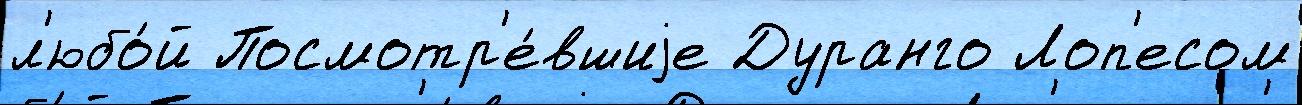
л'юбо́й Посмотр'е́вшиjе Дуранго Лоп'есом